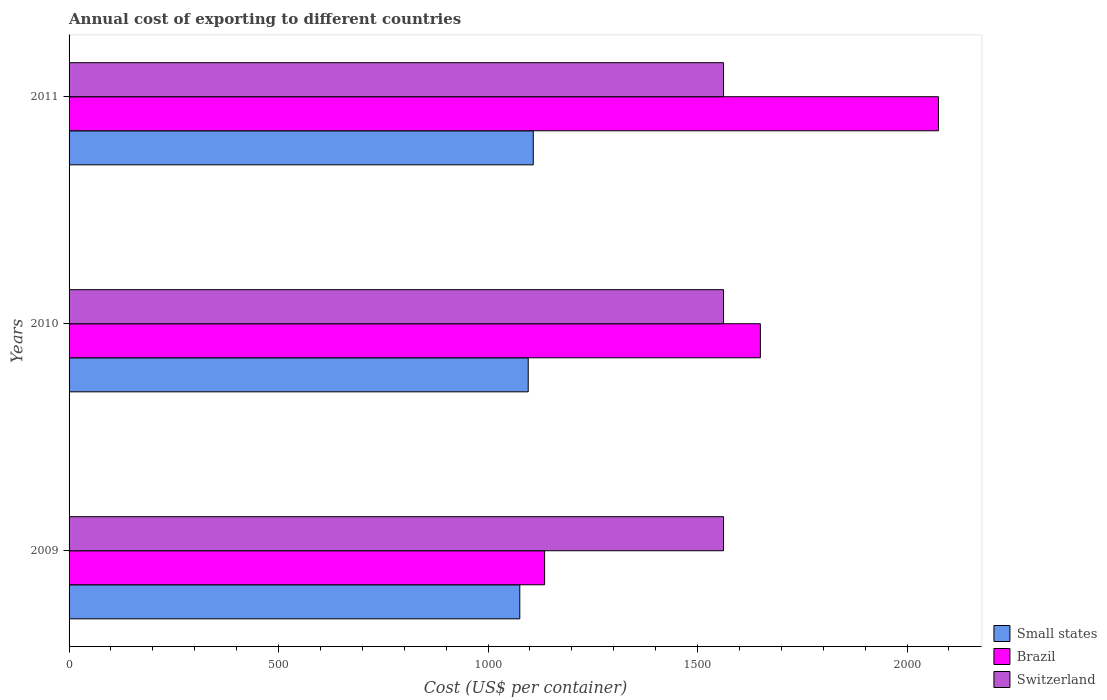
| Years | Small states | Brazil | Switzerland |
 | --- | --- | --- | --- |
 | 2009 | 1.08e+03 | 1.14e+03 | 1.56e+03 |
 | 2010 | 1.1e+03 | 1.65e+03 | 1.56e+03 |
 | 2011 | 1.11e+03 | 2.08e+03 | 1.56e+03 |